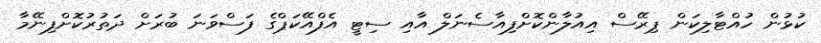
ކުޅުން ހުއްޓާލިކަން ޕިރޭސް އިއުލާންކޮށްފިއާސެނަލް އާއި ސިޓީ އެފްއޭކަޕްގެ ފަސްވަނަ ބުރަށް ދަތުރުކޮށްފިނޭމާ